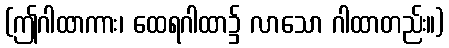
(ဤဂါထာကား၊ ထေရဂါထာ၌ လာသော ဂါထာတည်း။)